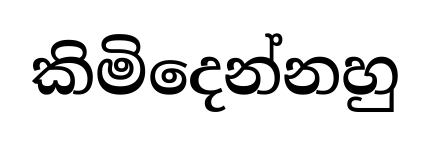
කිමිදෙන්නහු